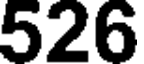
526